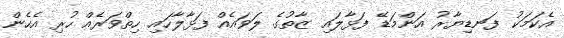
އެކަމަކު ފަނޑިޔާރު އަންމަޑޭ ފަޅާލައި ޒާތުގެ ލަވައެއް ފަޅާލާހައި ހިތްވަރެއް ހުރި އެހެން